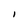
Character: l